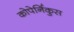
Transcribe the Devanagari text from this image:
कोपेर्निकुस